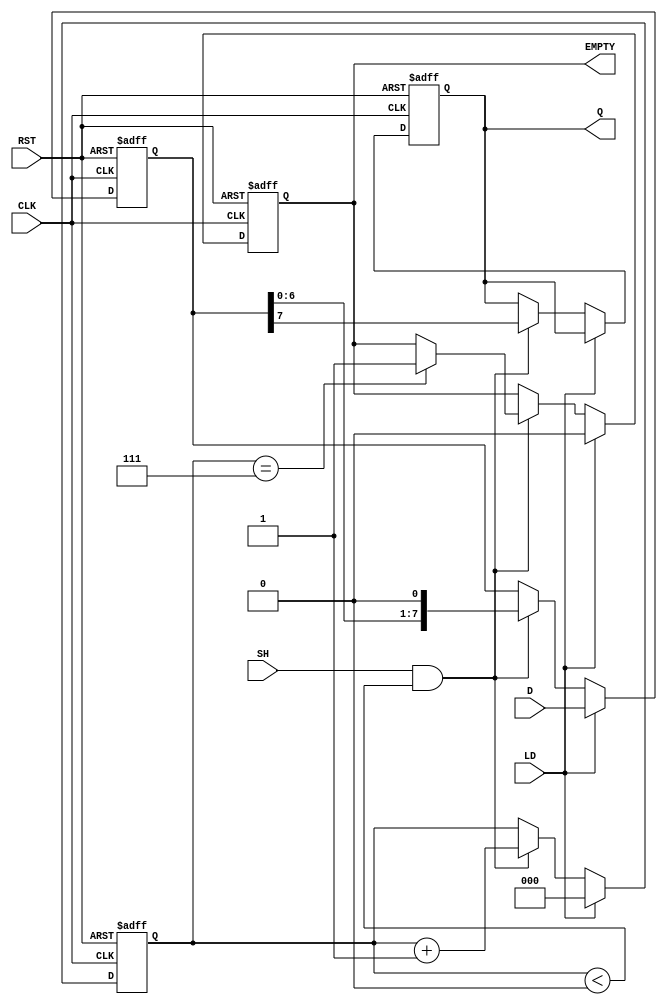
module PISO_Register (
    input wire [7:0] D,       // 8-bit parallel data input
    input wire LD,            // Load control signal
    input wire SH,            // Shift control signal
    input wire CLK,           // Clock signal
    input wire RST,           // Asynchronous reset signal
    output reg Q,             // Serial output
    output reg EMPTY          // Empty flag
);

    reg [7:0] REG;            // 8-bit storage register
    reg [2:0] count;          // 3-bit shift counter

    // Asynchronous reset
    always @(posedge CLK or posedge RST) begin
        if (RST) begin
            REG <= 8'b0;      // Clear the register
            count <= 3'b0;    // Reset the counter
            Q <= 1'b0;        // Clear serial output
            EMPTY <= 1'b1;    // Set EMPTY to true
        end else begin
            if (LD) begin
                REG <= D;      // Load data into the register
                count <= 3'b0; // Reset the counter
                EMPTY <= 1'b0; // Mark register as not empty
            end else if (SH && count < 3'd8) begin
                Q <= REG[7];   // Shift out the most significant bit
                REG <= REG << 1; // Shift the register left
                count <= count + 1; // Increment the counter
                if (count == 3'd7) begin
                    EMPTY <= 1'b1; // Set EMPTY to true after last bit
                end
            end
        end
    end

endmodule